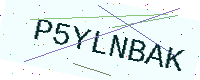
Text: P5YLNBAK